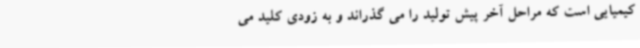
کیمیایی است که مراحل آخر پیش تولید را می گذراند و به زودی کلید می